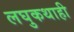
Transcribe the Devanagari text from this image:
लघुकथाही